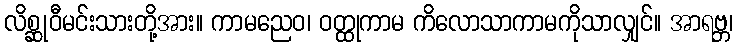
လိစ္ဆုဝီမင်းသားတို့အား။ ကာမညေဝ၊ ဝတ္ထုကာမ ကိလောသာကာမကိုသာလျှင်။ အာရဗ္ဘ၊